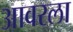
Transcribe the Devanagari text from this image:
आवरला